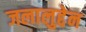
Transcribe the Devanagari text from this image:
जलालुद्देन